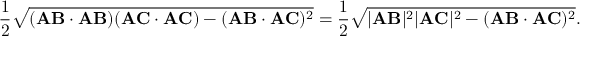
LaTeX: { \frac { 1 } { 2 } } { \sqrt { ( \mathbf { A B } \cdot \mathbf { A B } ) ( \mathbf { A C } \cdot \mathbf { A C } ) - ( \mathbf { A B } \cdot \mathbf { A C } ) ^ { 2 } } } = { \frac { 1 } { 2 } } { \sqrt { | \mathbf { A B } | ^ { 2 } | \mathbf { A C } | ^ { 2 } - ( \mathbf { A B } \cdot \mathbf { A C } ) ^ { 2 } } } .